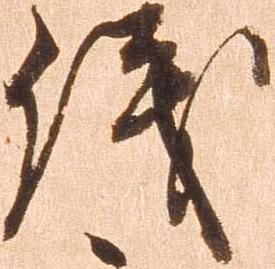
儀